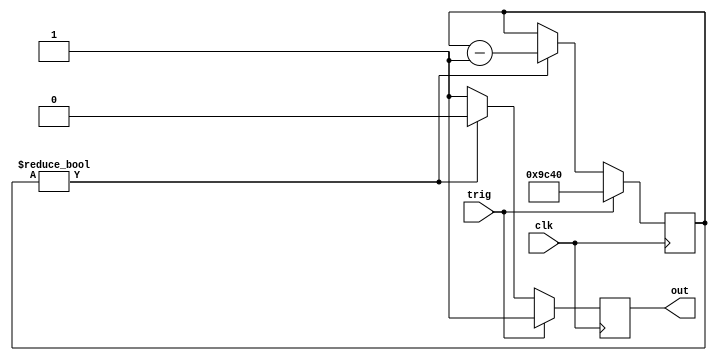
`timescale 1ns / 1ps
//////////////////////////////////////////////////////////////////////////////////
// Company: 	ITEP
// 
// Design Name: 	 timecnt
// Module Name:    led 
// Project Name:   drift4spascharm
// Target Devices: xc3s400-4pq208
// Tool versions: 
// Description: 	Do a logn flash on the received pulse
//
// Dependencies: 
//
// Revision: 
// Revision 0.01 - File Created
// Additional Comments: 
//
//////////////////////////////////////////////////////////////////////////////////
module led(
    input clk,
    input trig,
    output reg out = 1
    );

	parameter COUNT = 40000;
	reg [15:0] cnt = 0;

	always @(posedge clk) begin
		out <= 1;
		if (trig) begin
			cnt <= COUNT;
		end else if (cnt != 0) begin
			cnt <= cnt - 1;
			out <= 0;
		end
	end

endmodule